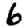
Digit: 6